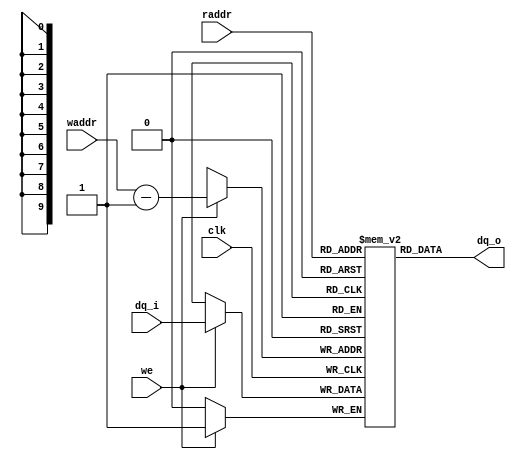
module myram #(
    parameter WIDTH = 1  ,               
    parameter DEPTH = 800,               
    parameter DEPBIT= 10                 
)(
    
    input                     clk  ,     

    
    input                     we   ,
    input  [DEPBIT- 1'b1:0]   waddr,
    input  [DEPBIT- 1'b1:0]   raddr,
    input  [WIDTH - 1'b1:0]   dq_i ,
    output [WIDTH - 1'b1:0]   dq_o

    
);


reg [WIDTH - 1'b1:0] mem [DEPTH - 1'b1:0];

assign dq_o = mem[raddr];

always @ (posedge clk) begin
    if(we)
        mem[waddr-1] <= dq_i;
end

endmodule